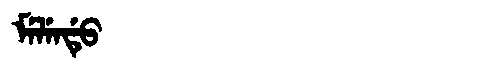
Manchu: ᠮᡝᠯᡝᠨᡩᡠ
Romanization: MELENDU